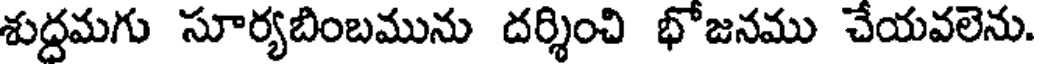
శుద్దమగు సూర్యబింబమును దర్శించి భోజనము చేయవలెను.